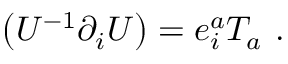
\left( U ^ { - 1 } \partial _ { i } U \right) = e _ { i } ^ { a } T _ { a } \ .